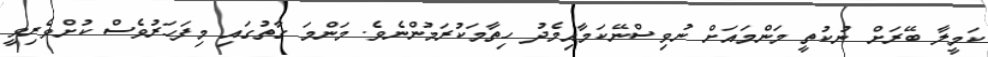
ކަމީލާ ބޭރަށް ނުކުތީ މަންމައަށް ނުވިސްނޭކަމާއިމެދު ހިތާމަކުރަމުންނެވެ. މަންމަ ގާތުގައި މިފަހަރުވެސް ކުށްވެރިވީ